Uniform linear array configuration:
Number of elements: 16
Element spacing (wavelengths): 0.75
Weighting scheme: blackman
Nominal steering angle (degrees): -15
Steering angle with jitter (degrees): -15.691
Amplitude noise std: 0.05
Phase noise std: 0.05

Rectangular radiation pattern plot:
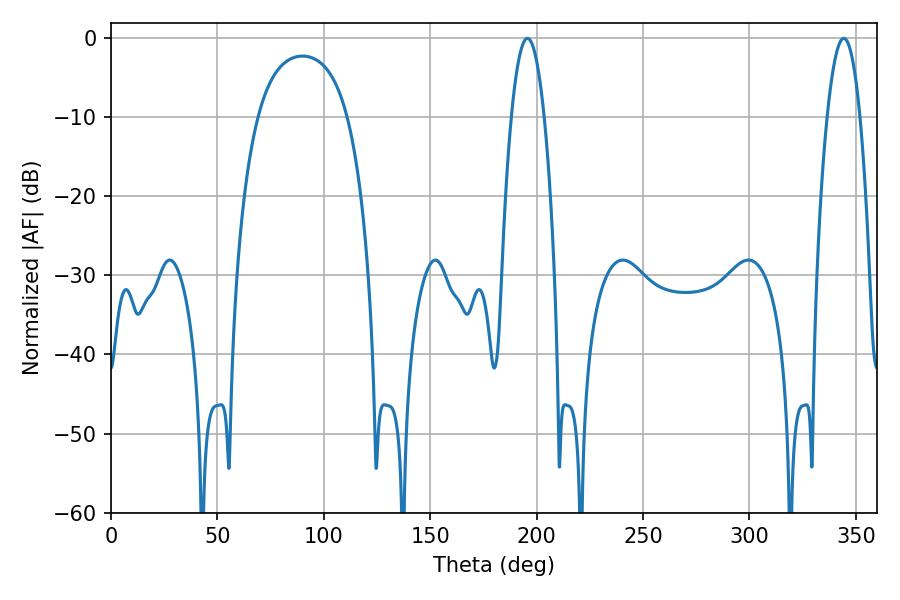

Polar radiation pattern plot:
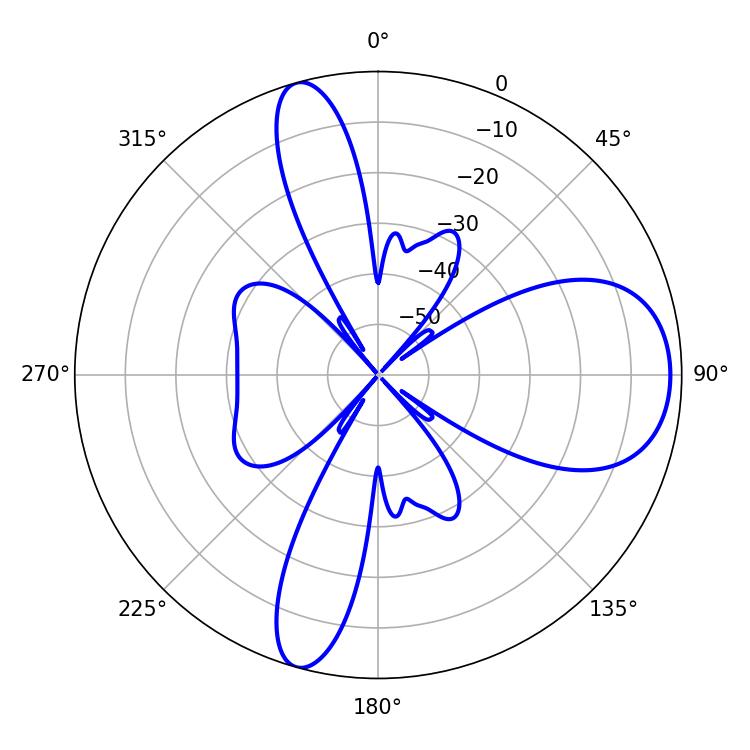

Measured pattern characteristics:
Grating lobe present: TRUE
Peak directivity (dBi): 9.75
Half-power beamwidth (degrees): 8.46
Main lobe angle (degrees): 195.66